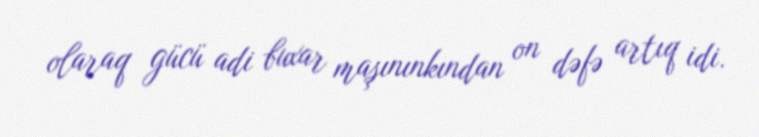
olaraq gücü adi buxar maşınınkından on dəfə artıq idi.